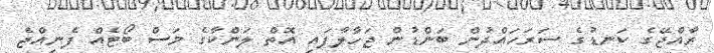
ރާއްޖޭގެ ކަނޑުގެ ސަރަހައްދުން ބަންޑުން ޖަހާލާފައި އޮތް ލަންކާގެ މަސް ބޯޓެއް ފެނިއްޖެ